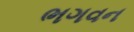
ભગવન